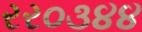
રર૦૩૪૪